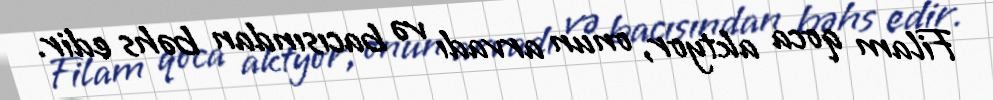
Filam qoca aktyor, onun arvadı və bacısından bəhs edir.